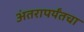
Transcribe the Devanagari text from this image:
अंतरापर्यंतचा